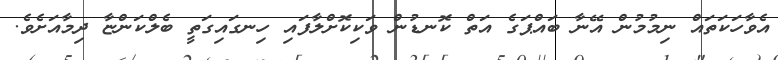
އެވާހަކަތައް ނިމުމުން އޭނާ ބައްޕަގެ އަތް ކޮނޑުން ވަކިކޮށްލާފައި ހިނގައިގަތީ ބެލްކަންޏާ ދިމާއަށެވެ.